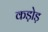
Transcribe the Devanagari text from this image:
कड़ोड़